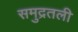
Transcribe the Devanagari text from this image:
समुद्रतली